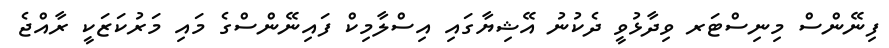
ފިނޭންސް މިނިސްޓަރ ވިދާޅުވީ ދެކުނު އޭޝިޔާގައި އިސްލާމިކް ފައިނޭންސްގެ މައި މަރުކަޒަކީ ރާއްޖެ